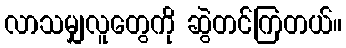
လာသမျှလူတွေကို ဆွဲတင်ကြတယ်။